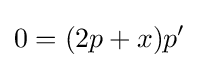
0=(2p+x)p'